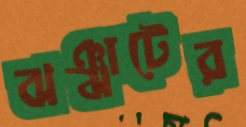
ঝঞ্ঝাটের